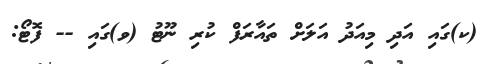
(ކ)ގައި އަދި މިއަދު އަލަށް ތައާރަފް ކުރި ނޫޓު (ވ)ގައި -- ފޮޓޯ: